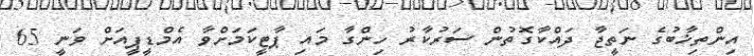
އިންތިޚާބުގެ ނަތީޖާ ދައްކާގޮތުން ސަރުކާރު ހިންގާ މައި ޕާޓީކަމަށްވާ އެމްޑީޕީއަށް ވަނީ 65